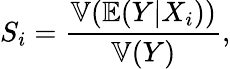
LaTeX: S_{i}=\frac{\mathbb{V}(\mathbb{E}(Y|X_{i}))}{\mathbb{V}(Y)},